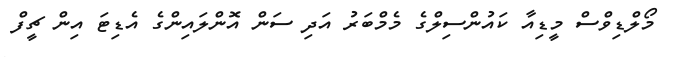
މޯލްޑިވްސް މީޑިއާ ކައުންސިލްގެ މެމްބަރު އަދި ސަން އޮންލައިންގެ އެޑިޓަ އިން ޗީފް